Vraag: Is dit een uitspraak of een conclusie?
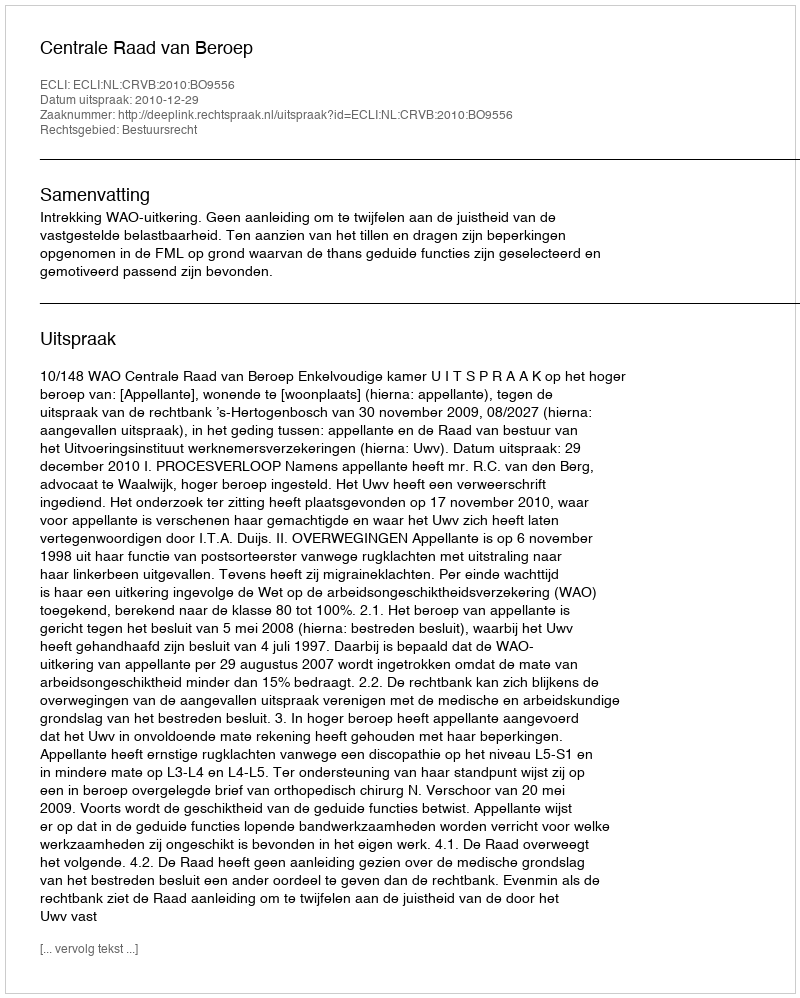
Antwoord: Uitspraak